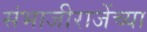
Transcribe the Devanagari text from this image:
संभाजीराजेंच्या